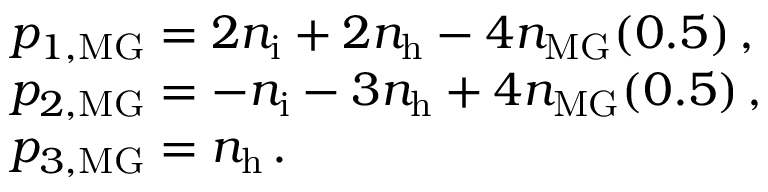
\begin{array} { r l } & { p _ { 1 , \mathrm { M G } } = 2 n _ { \mathrm { i } } + 2 n _ { \mathrm { h } } - 4 n _ { \mathrm { M G } } ( 0 . 5 ) \, , } \\ & { p _ { 2 , \mathrm { M G } } = - n _ { \mathrm { i } } - 3 n _ { \mathrm { h } } + 4 n _ { \mathrm { M G } } ( 0 . 5 ) \, , } \\ & { p _ { 3 , \mathrm { M G } } = n _ { \mathrm { h } } \, . } \end{array}